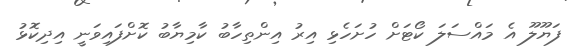
ފަޔޫލޫ އެ މައްސަލަ ކޯޓަށް ހުށަހެޅި އިރު އިންތިހާބު ކާމިޔާބު ކޮށްފައިވަނީ އިދިކޮޅު